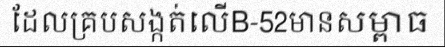
ដែលគ្របសង្កត់លើB-52មានសម្ពាធ